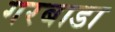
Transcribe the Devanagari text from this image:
गरबाडा